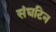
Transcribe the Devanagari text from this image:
संघटिन